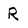
Character: R